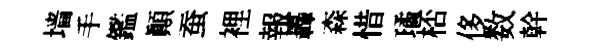
墙手鑑顚蚕裡報轟森惜璚桮侈数幹